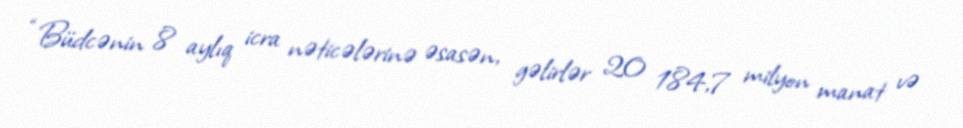
“Büdcənin 8 aylıq icra nəticələrinə əsasən, gəlirlər 20 184,7 milyon manat və